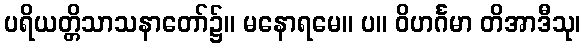
ပရိယတ္တိသာသနာတော်၌။ မနောရမေ။ ပ။ ဝိဟင်္ဂမာ တိအာဒီသု၊